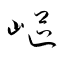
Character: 嶇